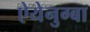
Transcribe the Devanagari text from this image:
ऐयेनुग्बा